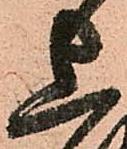
上